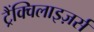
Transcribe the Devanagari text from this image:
ट्रैंक्विलाइज़र्स